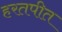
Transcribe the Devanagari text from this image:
हरतपीत